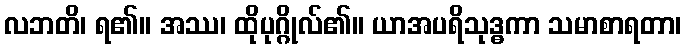
လဘတိ၊ ရ၏။ အဿ၊ ထိုပုဂ္ဂိုလ်၏။ ယာအပရိသုဒ္ဓကာ သမာစာရတာ၊